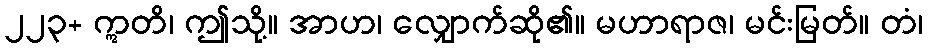
၂၂၃+ ဣတိ၊ ဤသို့။ အာဟ၊ လျှောက်ဆို၏။ မဟာရာဇ၊ မင်းမြတ်။ တံ၊